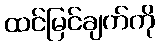
ထင်မြင်ချက်ကို